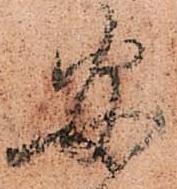
安